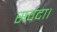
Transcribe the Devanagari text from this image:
सर्वदा।